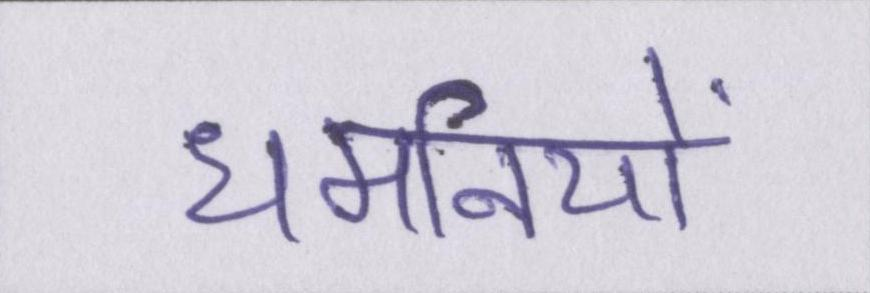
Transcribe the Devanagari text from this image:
धमनियों